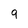
Character: 9